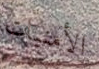
الأمنيات